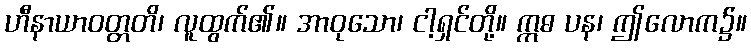
ဟီနာယာဝတ္တတိ၊ လူထွက်၏။ အာဝုသော၊ ငါ့ရှင်တို့။ ဣဓ ပန၊ ဤလောက၌။